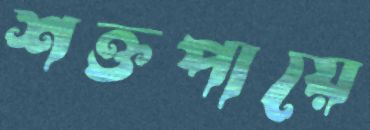
শক্তপায়ে